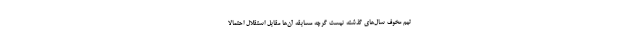
تیم مخوف سال‌های گذشته نیست گرچه مسابقه آن‌ها مقابل استقلال احتمالاً